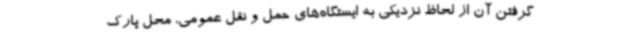
گرفتن آن از لحاظ نزدیکی به ایستگاه‌های حمل و نقل عمومی، محل پارک